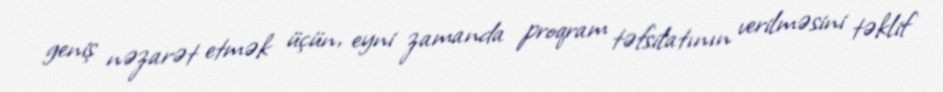
geniş nəzarət etmək üçün, eyni zamanda proqram təfsilatının verilməsini təklif